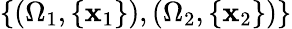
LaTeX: \{ (\Omega_{1},\{ \mathbf{x}_{1}\} ),(\Omega_{2},\{ \mathbf{x}_{2}\} )\}